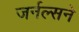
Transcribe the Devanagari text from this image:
जर्नल्सने